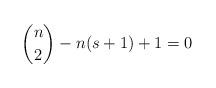
LaTeX: \begin{align*} \binom{n}{2}-n(s+1)+1=0\end{align*}